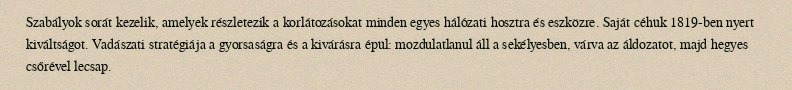
Szabályok sorát kezelik, amelyek részletezik a korlátozásokat minden egyes hálózati hosztra és eszközre. Saját céhük 1819-ben nyert kiváltságot. Vadászati stratégiája a gyorsaságra és a kivárásra épül: mozdulatlanul áll a sekélyesben, várva az áldozatot, majd hegyes csőrével lecsap.